Insane asylums in Bengal annual reports 1876-1887 - 1876-1887
Year: 1876
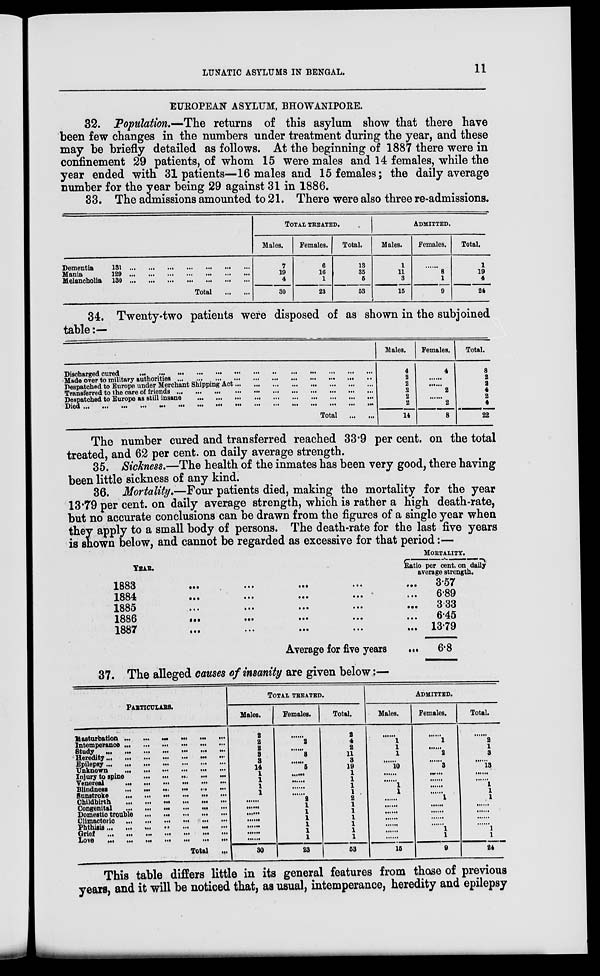
LUNATIC ASYLUMS IN BENGAL.
11
EUROPEAN ASYLUM, BHOWANIPORE.
32. Population.—The returns of this asylum show that there have
been few changes in the numbers under treatment during the year, and these
may be briefly detailed as follows. At the beginning of 1887 there were in
confinement 29 patients, of whom 15 were males and 14 females, while the
year ended with 31 patients—16 males and 15 females; the daily average
number for the year being 29 against 31 in 1886.
33. The admissions amounted to 21. There were also three re-admissions.
Dementia
Mania
Melancholia
131
...
...
...
...
...
...
...
129
...
...
...
...
...
...
...
130
...
...
...
...
...
...
...
Total
...
...
TOTAL TREATED.
Males.
7
19
4
30
Females.
6
16
1
23
Total.
13
35
5
53
ADMITTED.
Males.
1
11
3
15
Females.
......
8
1
9
Total.
1
19
4
24
34. Twenty-two patients were disposed of as shown in the subjoined
table:—
Discharged cured
...
...
...
...
...
...
...
...
...
...
...
...
...
Made over to military authorities
...
...
...
...
...
...
...
...
...
...
...
Despatched to Europe under Merchant Shipping Act
...
...
...
...
...
...
...
...
Transferred to the care of friends
...
...
...
...
...
...
...
...
...
...
...
Despatched to Europe as still insane
...
...
...
...
...
...
...
...
...
...
Died ...
...
...
...
...
...
...
...
...
...
...
...
...
...
...
...
Total
...
...
Males.
4
2
2
2
2
2
14
Females.
4
......
......
2
......
2
8
Total.
8
2
2
4
2
4
22
The number cured and transferred reached 33.9 per cent. on the total
treated, and 62 per cent. on daily average strength.
35. Sickness.—The health of the inmates has been very good, there having
been little sickness of any kind.
36. Mortality.—Four patients died, making the mortality for the year
13.79 per cent. on daily average strength, which is rather a high death-rate,
but no accurate conclusions can be drawn from the figures of a single year when
they apply to a small body of persons. The death-rate for the last five years
is shown below, and cannot be regarded as excessive for that period:—
YEAR.
1883
...
...
...
...
...
1884
...
...
...
...
...
1885 ... ... ... ... ...
1886 ... ... ... ... ...
1887 ... ... ... ... ...
Average for five years ...
MORTALITY.
Ratio per cent. on daily
average strength.
3.57
6.89
3.33
6.45
13.79
6.8
37. The alleged causes of insanity are given below:—
PARTICULARS.
Masturbation ...
...
...
...
...
...
Intemperance
... ... ... ... ... ...
Study
...
...
...
...
...
...
...
Heredity ... ... ... ... ... ... ...
Epilepsy
...
...
...
...
...
...
...
Unknown ... ... ... ... ... ... ...
Injury to spine
...
...
...
...
...
Venereal . . . . . . . . . . . . ... ...
Blindness
...
...
...
...
...
...
Sunstroke ... ... ... ... ... ...
Childbirth
...
...
...
...
...
...
Congenital
...
...
...
...
...
...
Domestic trouble
...
...
...
...
...
Climacteric ... ... ... ... ... ...
Phthisis ... ... ... ... ... ... ... ...
Grief
...
...
...
...
...
...
...
Love
...
...
...
...
...
...
...
Total
...
TOTAL TREATED.
Males.
2
2
2
3
3
14
1
1
1
1
......
......
......
......
......
......
......
30
Females.
......
2
......
8
......
5
......
......
......
......
2
1
1
1
1
1
1
23
Total.
2
4
2
11
3
19
1
1
1
1
2
1
1
1
1
1
1
53
ADMITTED.
Males.
...... 1
1
1
......
10
......
......
1
1
......
......
......
......
......
......
......
15
Females.
...... 1
......
2
......
3
......
......
......
...... 1
......
......
......
...... 1
1
9
Total.
...... 2
1
3
......
13
......
...... 1
1
1
......
......
......
...... 1
1
24
This table differs little in its general features from those of previous
years, and it will be noticed that, as usual, intemperance, heredity and epilepsy